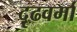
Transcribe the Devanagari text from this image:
दृढवर्मा